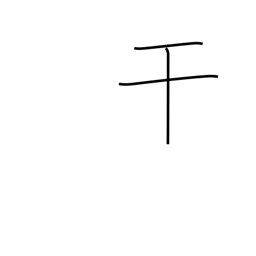
Meaning: intercede